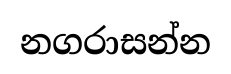
නගරාසන්න